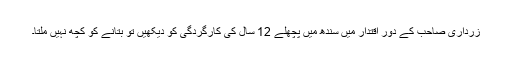
زرداری صاحب کے دور اقتدار میں سندھ میں پچھلے 12 سال کی کارگردگی کو دیکھیں تو بتانے کو کچھ نہیں ملتا۔